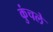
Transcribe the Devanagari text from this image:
कुंचले